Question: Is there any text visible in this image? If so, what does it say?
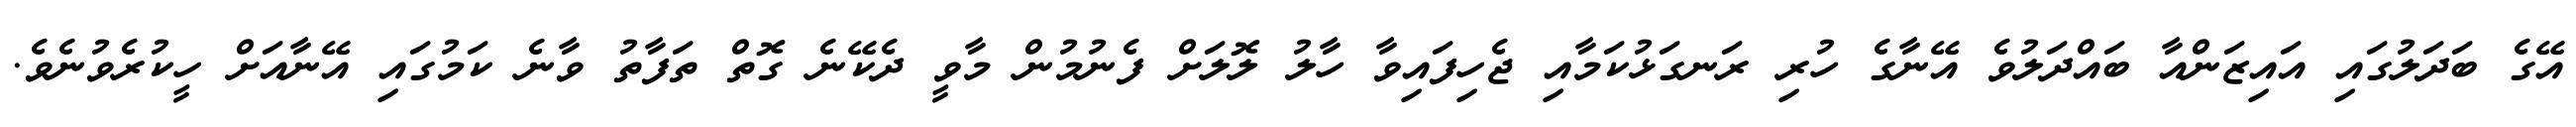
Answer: އޭގެ ބަދަލުގައި އައިޒަންއާ ބައްދަލުވެ އޭނާގެ ހުރި ރަނގަޅުކަމާއި ޖެހިފައިވާ ހާލު ލޮލަށް ފެނުމުން މާވީ ދެކޭނެ ގޮތް ތަފާތު ވާނެ ކަމުގައި އޭނާއަށް ހީކުރެވުނެވެ.